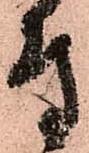
付